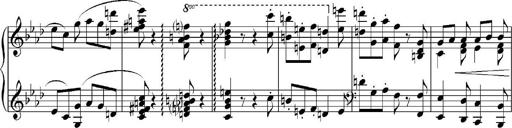
Title: Sonatina No.5
Composer: Otto Stoll
Key: F-sharp minor